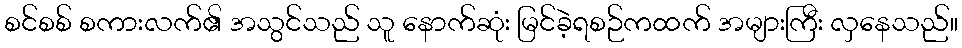
စင်စစ် စကားလက်၏ အသွင်သည် သူ နောက်ဆုံး မြင်ခဲ့ရစဉ်ကထက် အများကြီး လှနေသည်။